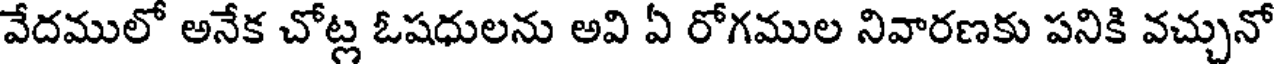
వేదములో అనేక చోట్ల ఓషధులను అవి ఏ రోగముల నివారణకు పనికి వచ్చునో